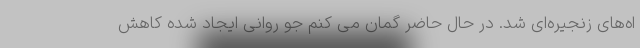
اه‌های زنجیره‌ای شد. در حال حاضر گمان می کنم جو روانی ایجاد شده کاهش